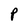
Character: P